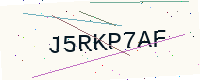
Text: J5RKP7AF